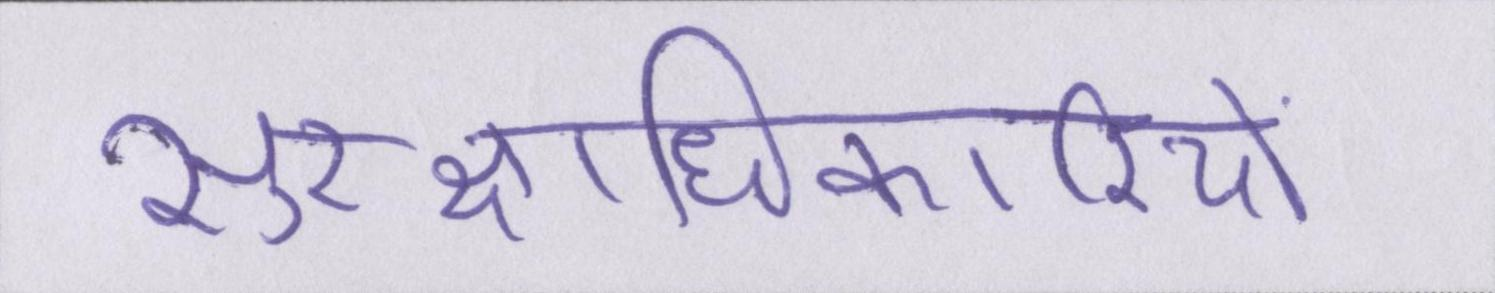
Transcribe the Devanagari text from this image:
सुरक्षाधिकारियों